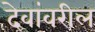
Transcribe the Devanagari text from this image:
देवांवरील